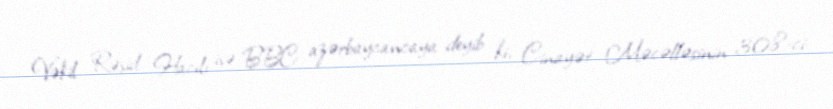
Vəkil Rəşid Hacılı isə BBC azərbaycancaya deyib ki, Cinayət Məcəlləsinin 308-ci